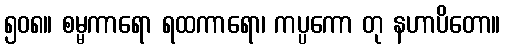
၅၀၈။ စမ္မကာရော ရထကာရော၊ ကပ္ပကော တု နဟာပိတော။